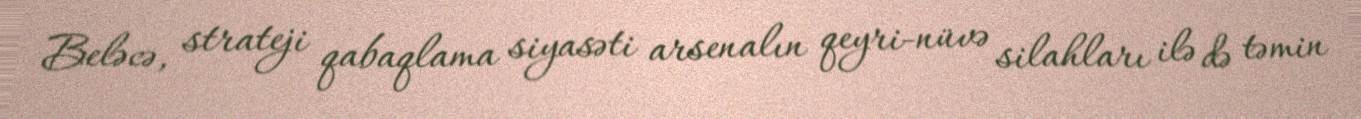
Beləcə, strateji qabaqlama siyasəti arsenalın qeyri-nüvə silahları ilə də təmin